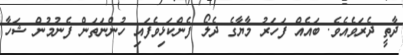
ދާތީ ދެރަވެއެވެ. ބައެއް ފަހަރު މާޔާގެ ދެލޯ ފެންކަޅިވެފައި ހުންނަތަން ފެނުމުން ޝަހާ